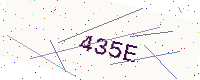
Text: 435E